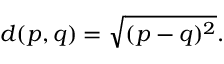
d ( p , q ) = { \sqrt { ( p - q ) ^ { 2 } } } .